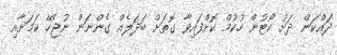
ދައްކަން ދަށު ކޯޓުން ހުކުމް ކޮށްފައިވާ ގޮތަށް ބަދަލެއް ގެންނަން ނުޖެހޭ ކަމަށާއި